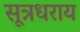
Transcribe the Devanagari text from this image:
सूत्रधराय